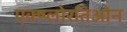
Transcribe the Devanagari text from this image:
एक्ष्प्लोरतिओन